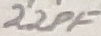
Text: 22PF